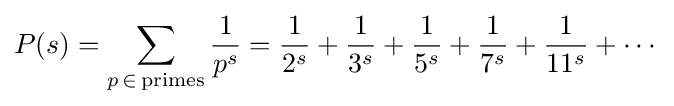
P(s)=\sum _{p\,\in \mathrm {\,primes} }{\frac {1}{p^{s}}}={\frac {1}{2^{s}}}+{\frac {1}{3^{s}}}+{\frac {1}{5^{s}}}+{\frac {1}{7^{s}}}+{\frac {1}{11^{s}}}+\cdots